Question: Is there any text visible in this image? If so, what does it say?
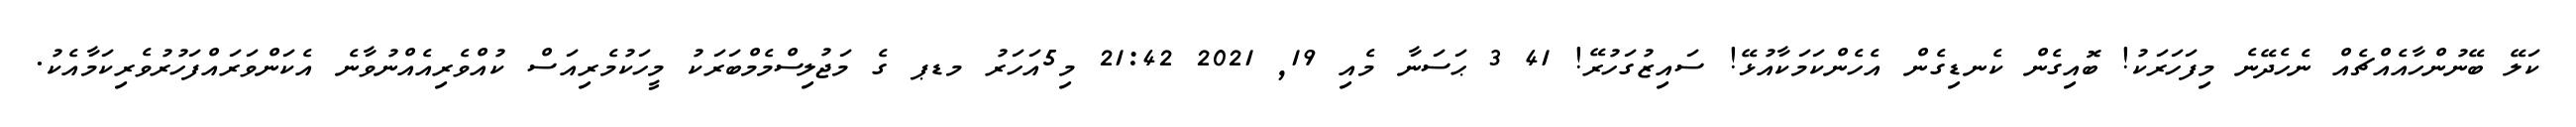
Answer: ކަލޭ ބޭނުންހާއެއްޗެއް ނެހެދޭނެ މިފަހަރަކު! ބޮއިގެން ކެނޑިގެން އެހެންކަމަކާއުޅޭ! ސައިޒުގަހުރޭ! 41 3 ޙަސަނާ މެއި 19, 2021 21:42 މި5އަހަރު މޑޕ ގެ މަޖުލިސްމެމްބަރަކު މީހަކުމެރިއަސް ކުއްވެރިއެއްނުވާނެ އެކަންވަރައްފަހުރުވެރިކަމާއެކު.